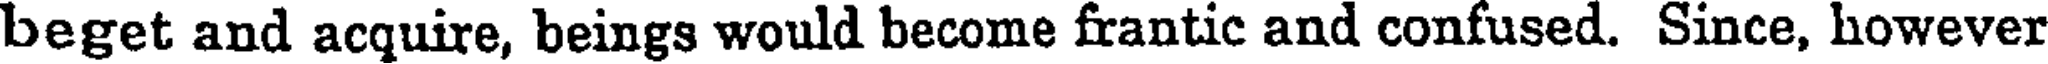
beget and acquire, beings would become frantic and confused. Since, however